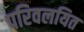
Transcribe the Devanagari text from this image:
परिवलयित